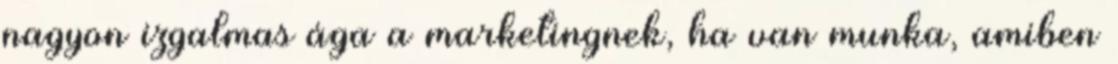
nagyon izgalmas ága a marketingnek, ha van munka, amiben